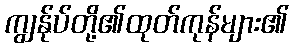
ကျွန်ုပ်တို့၏ထုတ်ကုန်များ၏